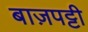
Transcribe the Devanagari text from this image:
बाज़पट्टी